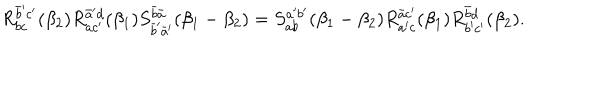
LaTeX: R _ { b c } ^ { \bar { b } ^ { \prime } c ^ { \prime } } ( \beta _ { 2 } ) R _ { a c ^ { \prime } } ^ { \bar { a } ^ { \prime } d } ( \beta _ { 1 } ) S _ { \bar { b } ^ { \prime } \bar { a } ^ { \prime } } ^ { \bar { b } \bar { a } } ( \beta _ { 1 } - \beta _ { 2 } ) = S _ { a b } ^ { a ^ { \prime } b ^ { \prime } } ( \beta _ { 1 } - \beta _ { 2 } ) R _ { a ^ { \prime } c } ^ { \bar { a } c ^ { \prime } } ( \beta _ { 1 } ) R _ { b ^ { \prime } c ^ { \prime } } ^ { \bar { b } d } ( \beta _ { 2 } ) .